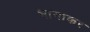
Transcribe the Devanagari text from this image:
भागाकर